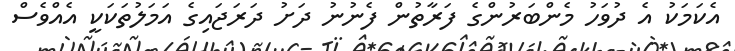
އެކަމަކު އެ ދުވަހު މެންބަރުންގެ ފަރާތުން ފެނުނު ދަށު ދަރަޖައިގެ އަމަލުތަކަކީ އެއްވެސް